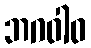
ဘဂဝါဝ